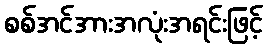
စစ်အင်အားအလုံးအရင်းဖြင့်